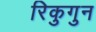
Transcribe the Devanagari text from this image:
रिकुगुन